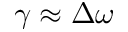
\gamma \approx \Delta \omega